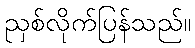
ညှစ်လိုက်ပြန်သည်။